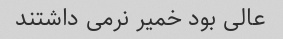
عالی بود خمیر نرمی داشتند